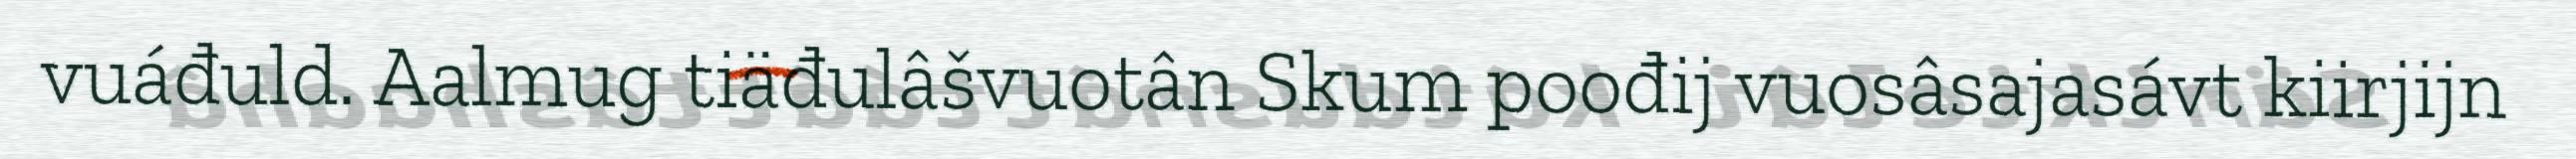
vuáđuld. Aalmug tiäđulâšvuotân Skum poođij vuosâsajasávt kiirjijn